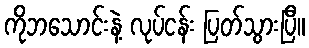
ကိုဘသောင်းနဲ့ လုပ်ငန်း ပြတ်သွားပြီ။